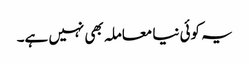
یہ کوئی نیا معاملہ بھی نہیں ہے۔